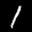
Label: 1